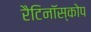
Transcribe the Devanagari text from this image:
रैटिनॉस्कोप